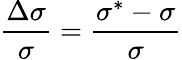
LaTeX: \frac{\Delta\sigma}{\sigma}=\frac{\sigma^{*}-\sigma}{\sigma}